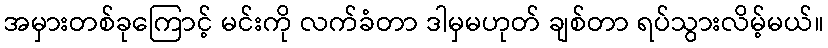
အမှားတစ်ခုကြောင့် မင်းကို လက်ခံတာ ဒါမှမဟုတ် ချစ်တာ ရပ်သွားလိမ့်မယ်။